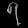
Digit: ၇